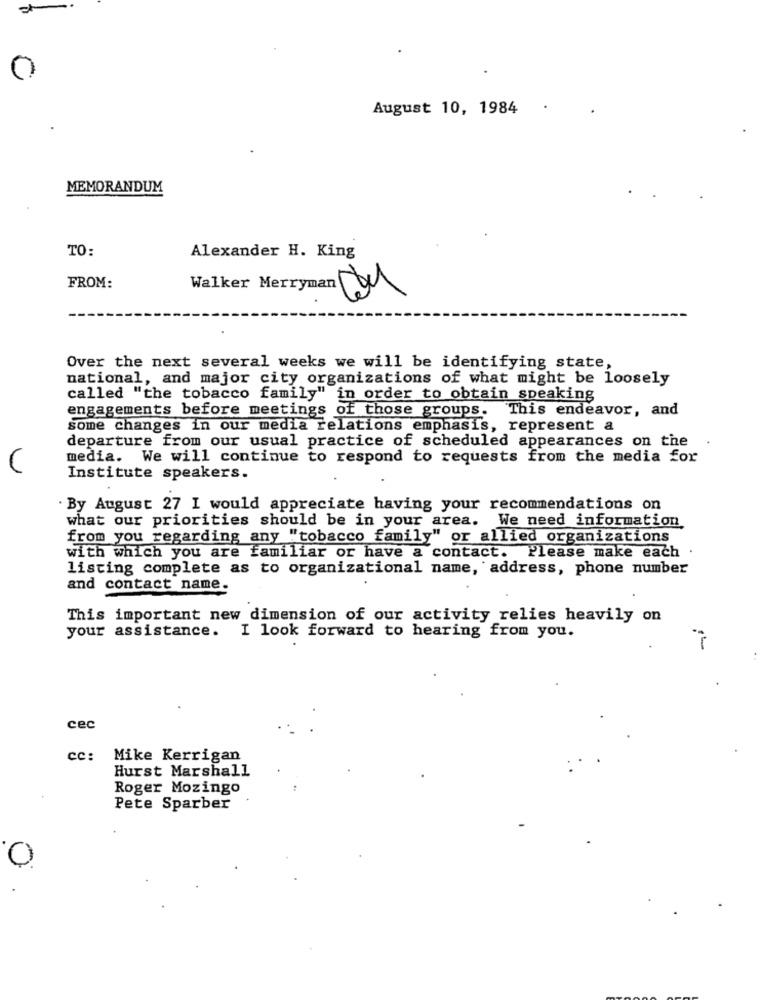
0
August 10, 1984
MEMORANDUM
TO:
Alexander H. King
1
FROM:
Walker Merryman
Over the next several weeks we will be identifying state,
national, and major city organizations of what might be loosely
called "the tobacco family" in order to obtain speaking
engagements before meetings of those groups. This endeavor, and
some changes in our media relations emphasis, represent a
departure from our usual practice of scheduled appearances on the
media. We will continue to respond to requests from the media for
C
Institute speakers.
. By August 27 I would appreciate having your recommendations on
what our priorities should be in your area. We need information
from you regarding any "tobacco family" or allied organizations
with which you are familiar or have a contact. Please make each .
listing complete as to organizational name, address, phone number
and contact name.
This important new dimension of our activity relies heavily on
your assistance. I look forward to hearing from you.
cec
CC:
Mike Kerrigan
Hurst Marshall
Roger Mozingo
Pete Sparber
0